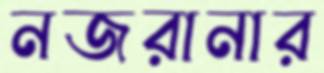
নজরানার